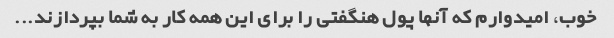
خوب، امیدوارم که آنها پول هنگفتی را برای این همه کار به شما بپردازند...